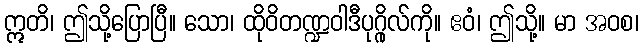
ဣတိ၊ ဤသို့ပြောပြီ။ သော၊ ထိုဝိတဏ္ဍဝါဒီပုဂ္ဂိုလ်ကို။ ဧဝံ၊ ဤသို့။ မာ အဝစ၊